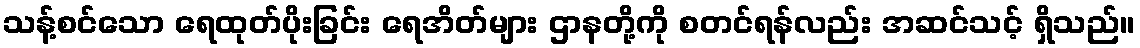
သန့်စင်သော ရေထုတ်ပိုးခြင်း ရေအိတ်များ ဌာနတို့ကို စတင်ရန်လည်း အဆင်သင့် ရှိသည်။